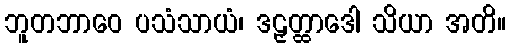
ဘူတဘာဝေ ပသံသာယံ၊ ဒဠှတ္ထာဒေါ သိယာ အတိ။